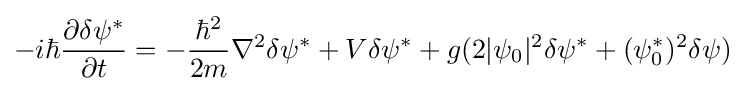
-i\hbar {\frac {\partial \delta \psi ^{*}}{\partial t}}=-{\frac {\hbar ^{2}}{2m}}\nabla ^{2}\delta \psi ^{*}+V\delta \psi ^{*}+g(2|\psi _{0}|^{2}\delta \psi ^{*}+(\psi _{0}^{*})^{2}\delta \psi )